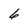
Character: 6